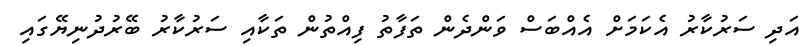
އަދި ސަރުކާރު އެކަމަށް އެއްބަސް ވަންދެން ތަފާތު ފިއްތުން ތަކާއި ސަރުކާރު ބޭރުދުނިޔޭގައި